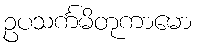
ဥပသင်္ကမိတုကာမော